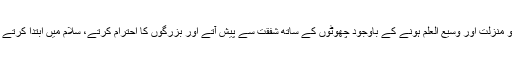
لیکن اتنے بلند مرتبت اور قدر و منزلت اور وسیع العلم ہونے کے باوجود چھوٹوں کے ساتھ شفقت سے پیش آتے اور بزرگوں کا احترام کرتے، سلام میں ابتدا کرتے اور بزرگوں کے ساتھ بیٹھتے۔